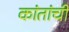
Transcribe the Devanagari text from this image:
कांतांची